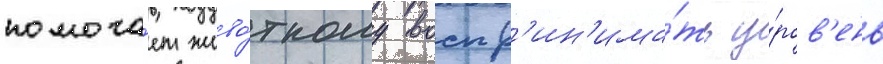
помога́ет живо́тному воспр'ин'има́ть у́ров'ень